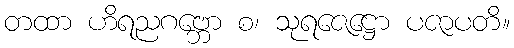
တထာ ဟိရညဂဗ္ဘော စ၊ သုရဇေဋ္ဌော ပဇာပတိ။